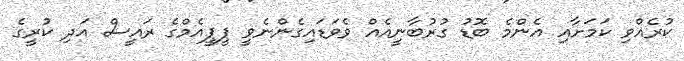
ކުރެއްވި ކަމަށާއި އެންމެ ބޮޑު ގުރުބާނީއެއް ވެވަޑައިގެންނެވީ ޕީޕީއެމްގެ ރައީސް އަދި ކުރީގެ